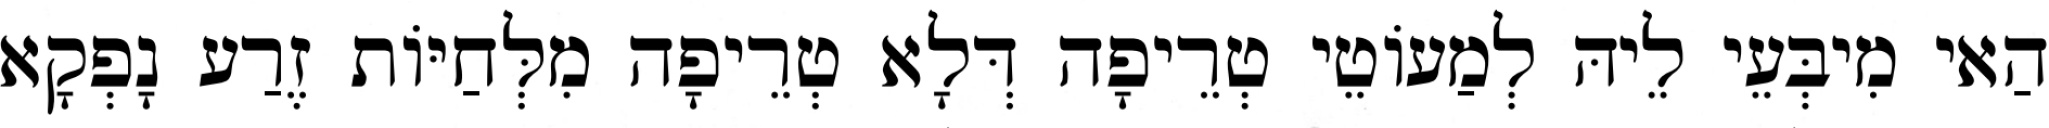
הַאי מִיבְּעֵי לֵיהּ לְמַעוֹטֵי טְרֵיפָה דְּלָא טְרֵיפָה מִלְּחַיּוֹת זֶרַע נָפְקָא